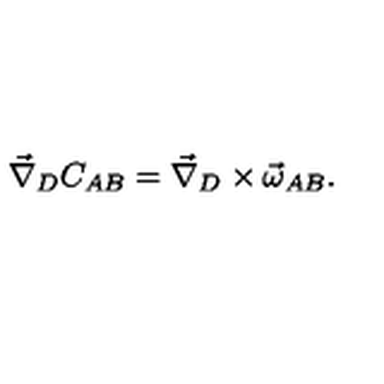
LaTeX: \vec { \nabla } _ { D } C _ { A B } = \vec { \nabla } _ { D } \times \vec { \omega } _ { A B } .